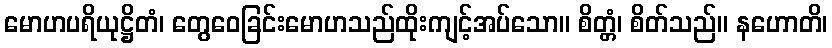
မောဟပရိယုဋ္ဌိတံ၊ တွေဝေခြင်းမောဟသည်ထိုးကျင့်အပ်သော။ စိတ္တံ၊ စိတ်သည်။ နဟောတိ၊